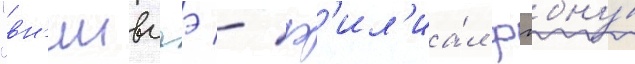
"вн'иивсгэ - ф'ил'иа́л фгбну́